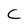
Character: C